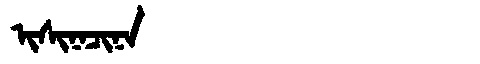
Manchu: ᡳᠰᡳᠨᠠᠴᡳᠨᠠ
Romanization: ISINACINA